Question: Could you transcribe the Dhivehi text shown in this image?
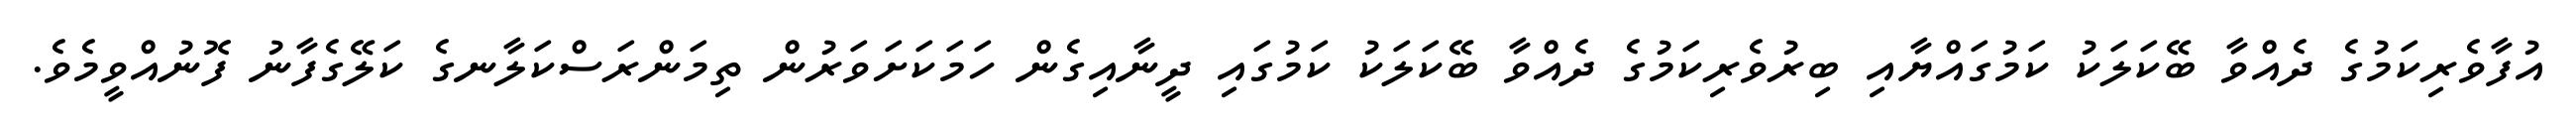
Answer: އުފާވެރިކަމުގެ ދެއްވާ ބޭކަލަކު ކަމުގައްޔާއި ބިރުވެރިކަމުގެ ދެއްވާ ބޭކަލަކު ކަމުގައި ދީނާއިގެން ހަމަކަށަވަރުން ތިމަންރަސްކަލާނގެ ކަލޭގެފާނު ފޮނުއްވީމެވެ.